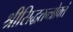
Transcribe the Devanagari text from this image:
श्रीसिद्धतन्त्रोक्तं